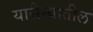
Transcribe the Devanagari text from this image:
यासैन्यातील